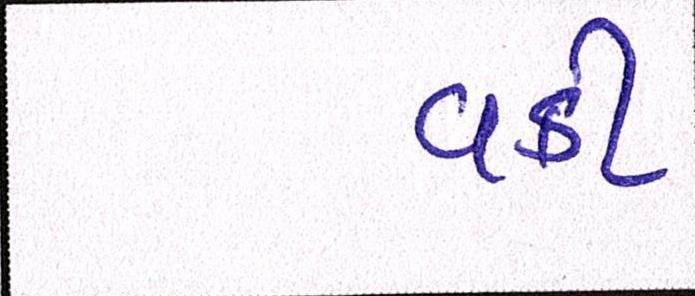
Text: વકી